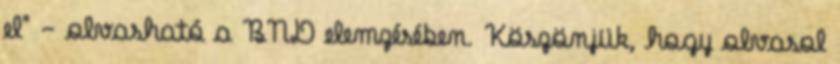
el" - olvasható a BND elemzésében. Köszönjük, hogy olvasol